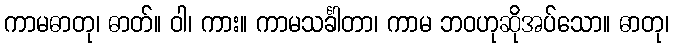
ကာမဓာတု၊ ဓာတ်။ ဝါ၊ ကား။ ကာမသင်္ခါတာ၊ ကာမ ဘဝဟုဆိုအပ်သော။ ဓာတု၊